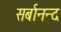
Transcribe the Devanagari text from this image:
सर्बानन्द